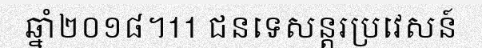
ឆ្នាំ២០១៨។11 ជនទេសន្តរប្រវេសន៍